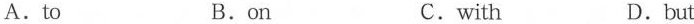
A.to B.on C.with D.but